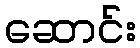
ဆောင်း